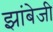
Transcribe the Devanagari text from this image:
झांबेजी